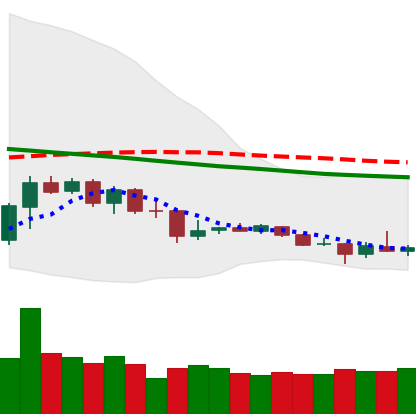
Ticker: TRX-USD
Chart end date: 2019-12-15
Forward return: -4.021%
Label: down_3_5